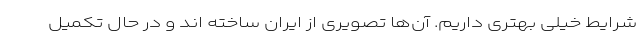
شرایط خیلی بهتری داریم. آن‌ها تصویری از ایران ساخته اند و در حال تکمیل